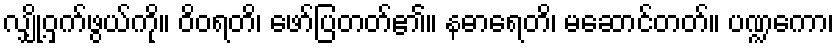
လျှို့ဝှက်ဖွယ်ကို။ ဝိဝရတိ၊ ဖော်ပြတတ်၏။ နဓာရေတိ၊ မဆောင်တတ်။ ပဏ္ဍကော၊